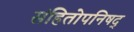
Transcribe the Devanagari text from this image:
संहितोपनिषद्